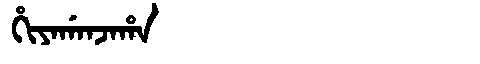
Manchu: ᡥᡳᠶᠠᡤᠠᠨᠵᠠᡥᠠ
Romanization: HIYAGANJAHA